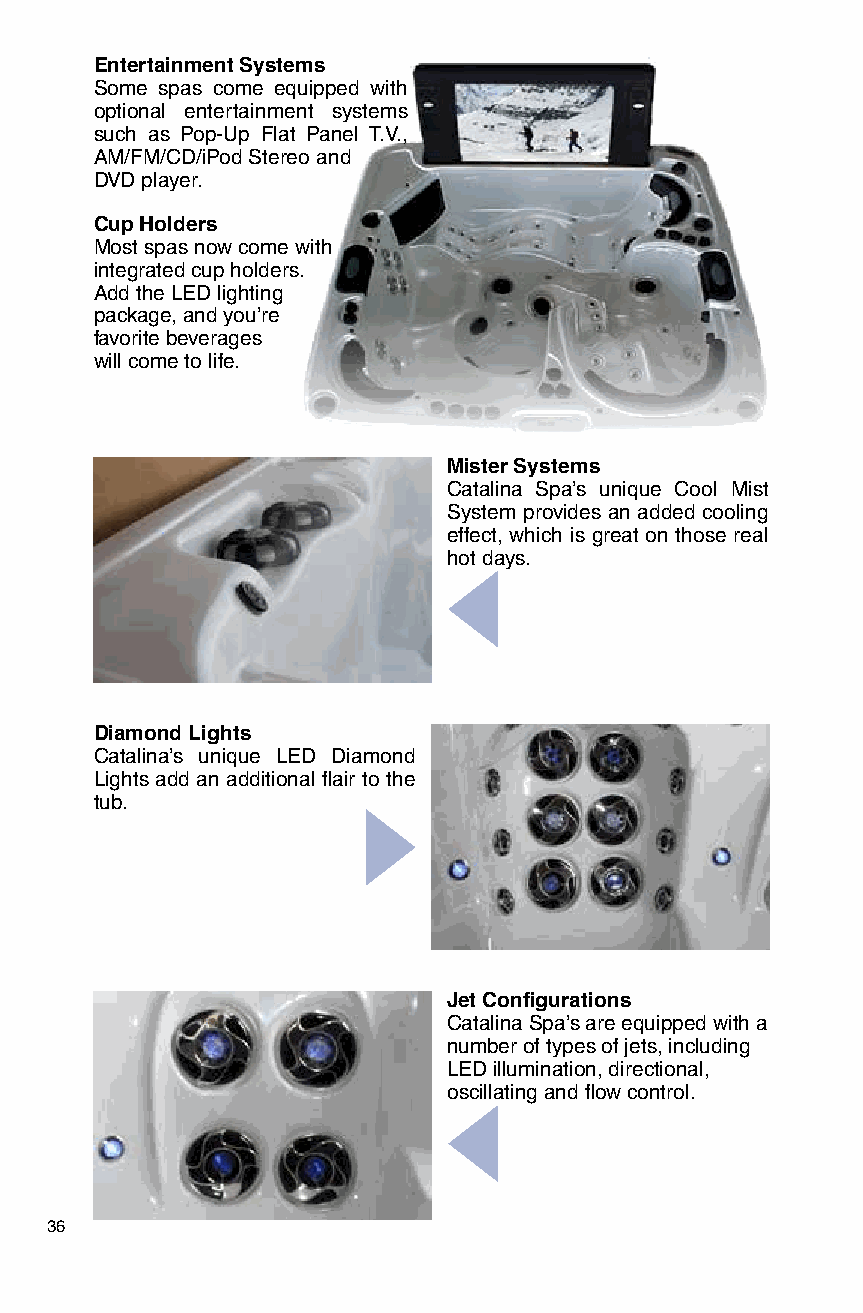
Entertainment Systems
 Some spas come equipped with
 optional entertainment systems
 such as Pop-Up Flat Panel T.V.,
 AM/FM/CD/iPod Stereo and
 DVD player.
 Cup Holders
 Most spas now come with
 integrated cup holders.
 Add the LED lighting
 package, and you’re
 favorite beverages
 will come to life.
 Mister Systems
 Catalina Spa’s unique Cool Mist
 System provides an added cooling
 effect, which is great on those real
 hot days.
 Diamond Lights
 Catalina’s unique LED Diamond
 Lights add an additional flair to the
 tub.
 Jet Configurations
 Catalina Spa’s are equipped with a
 number of types of jets, including
 LED illumination, directional,
 oscillating and flow control.
 36